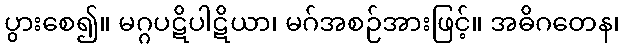
ပွားစေ၍။ မဂ္ဂပဋိပါဋိယာ၊ မဂ်အစဉ်အားဖြင့်။ အဓိဂတေန၊